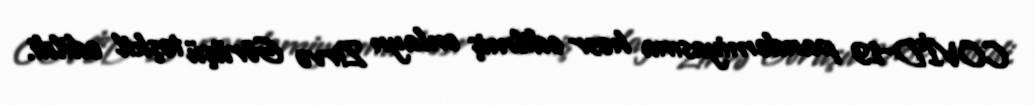
COVİD-19 pandemiyasına həsr edilmiş onlayn Zirvə Görüşü təşkil edildi.